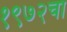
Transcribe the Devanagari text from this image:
१९७२चा